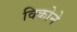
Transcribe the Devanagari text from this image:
विकोने